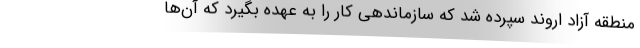
منطقه آزاد اروند سپرده شد که سازماندهی کار را به عهده بگیرد که آن‌ها